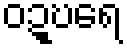
ဝဍ္ဎရေ